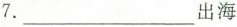
7.___出海